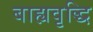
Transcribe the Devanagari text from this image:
बाह्यवृद्धि